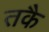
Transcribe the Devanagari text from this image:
तकै